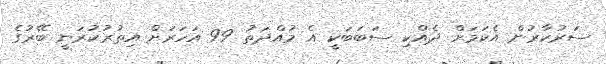
ސަރުކާރުން އެކަމަށް ދެއްކި ސަބަބަކީ އެ މުއްދަތު 99 އަހަރަށް އިތުރުކުރަނީ ބޭރުގެ